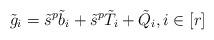
LaTeX: \begin{align*}{\tilde g}_i={\tilde s}^p{\tilde b}_i+{\tilde s}^p{\tilde T}_i+{\tilde Q}_i, i\in [r] \end{align*}